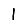
Digit: 1